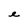
Character: e